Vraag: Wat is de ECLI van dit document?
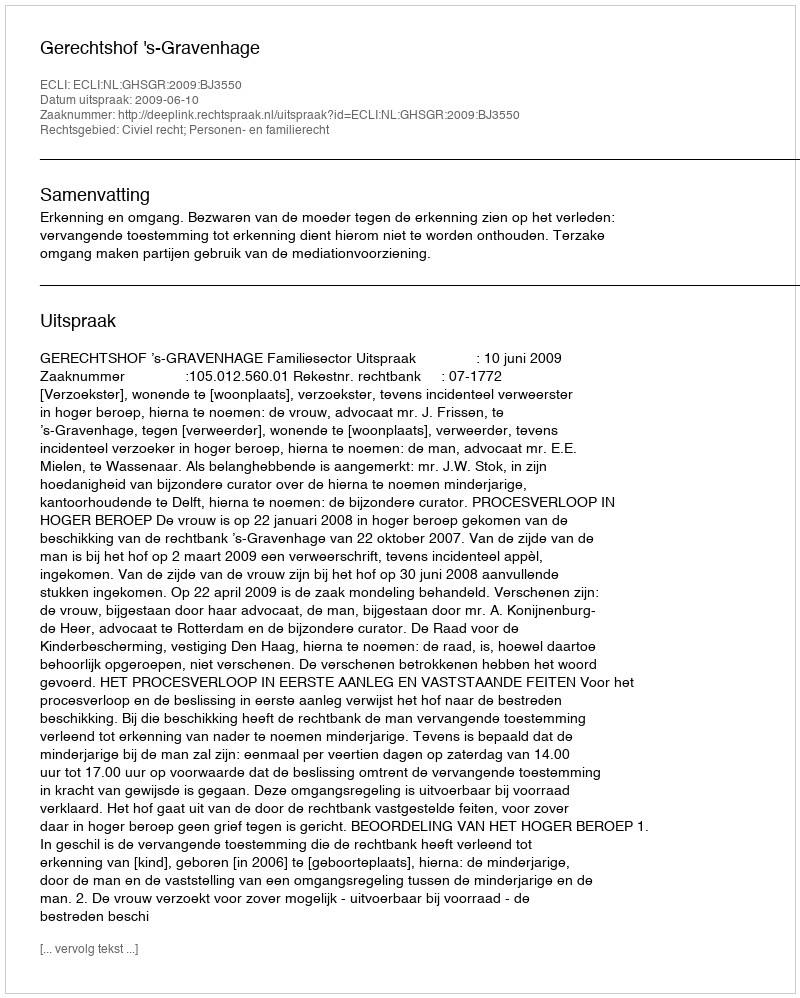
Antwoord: ECLI:NL:GHSGR:2009:BJ3550